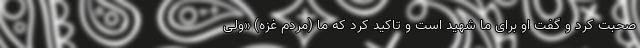
صحبت کرد و گفت او برای ما شهید است و تاکید کرد که ما (مردم غزه) «ولی